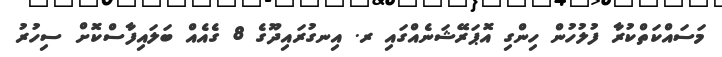
މަސައްކަތްކުރާ ފުލުހުން ހިންގި އޮޕަރޭޝަނެއްގައި ރ. އިނގުރައިދޫގެ 8 ގެއެއް ބަލައިފާސްކޮށް ސިހުރު